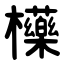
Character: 㰛